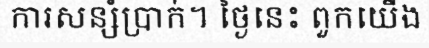
ការសន្សំប្រាក់។ ថ្ងៃនេះ ពួកយើង